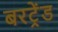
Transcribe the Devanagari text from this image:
बरट्रेंड